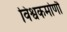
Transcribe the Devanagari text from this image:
विश्वकर्माणौ